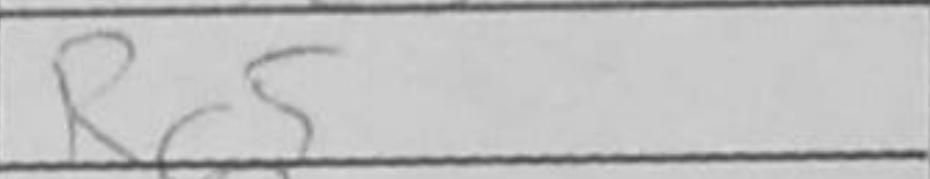
Transcription: Rc5